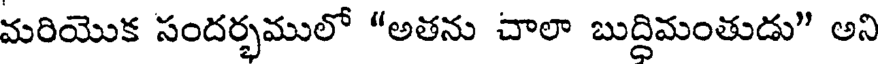
మరియొక సందర్భములో "అతను చాలా బుద్దిమంతుడు" అని